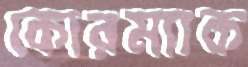
কোরম্যাক